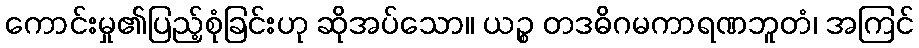
ကောင်းမှု၏ပြည့်စုံခြင်းဟု ဆိုအပ်သော။ ယဉ္စ တဒဓိဂမကာရဏဘူတံ၊ အကြင်